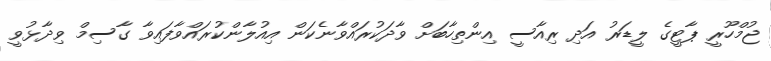
ޖުމްހޫރީ ޕާޓީގެ ލީޑަރު އަދި ރިއާސީ އިންތިހާބަށް ވާދަކުރައްވާނެކަން އިއުލާންކުރައްވާފައިވާ ގާސިމް ވިދާޅުވީ